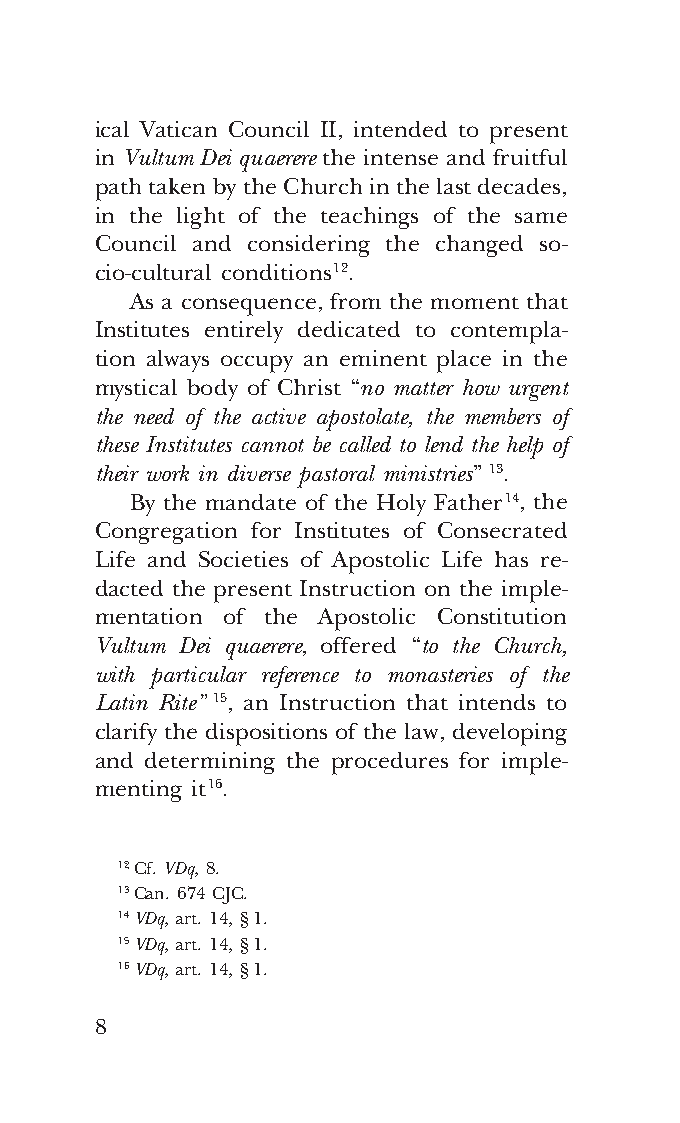
COR ORANS – NUOVO FORMATO – INGLESE 2ª BOZZA – 24 maggio 2018 – 11:12
 ical Vatican Council II, intended to present
 in Vultum Dei quaerere the intense and fruitful
 path taken by the Church in the last decades,
 in the light of the teachings of the same
 Council and considering the changed so-
 cio-cultural conditions 12.
 As a consequence, from the moment that
 Institutes entirely dedicated to contempla-
 tion always occupy an eminent place in the
 mystical body of Christ “no matter how urgent
 the need of the active apostolate, the members of
 these Institutes cannot be called to lend the help of
 their work in diverse pastoral ministries” 13.
 By the mandate of the Holy Father 14, the
 Congregation for Institutes of Consecrated
 Life and Societies of Apostolic Life has re-
 dacted the present Instruction on the imple-
 mentation of the Apostolic Constitution
 Vultum Dei quaerere, offered “to the Church,
 with particular reference to monasteries of the
 Latin Rite” 15, an Instruction that intends to
 clarify the dispositions of the law, developing
 and determining the procedures for imple-
 menting it 16.
 12 Cf. VDq, 8.
 13 Can. 674 CJC.
 14 VDq, art. 14, § 1.
 15 VDq, art. 14, § 1.
 16 VDq, art. 14, § 1.
 8